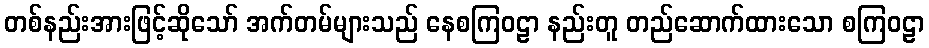
တစ်နည်းအားဖြင့်ဆိုသော် အက်တမ်များသည် နေစကြဝဠာ နည်းတူ တည်ဆောက်ထားသော စကြဝဠာ